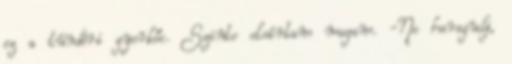
ez a tündéri gyerkőc. Szinte elsírtam magam. -Ne haragudj,